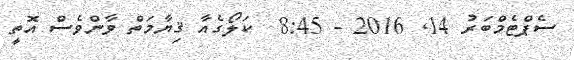
ސެޕްޓެމްބަރު 14